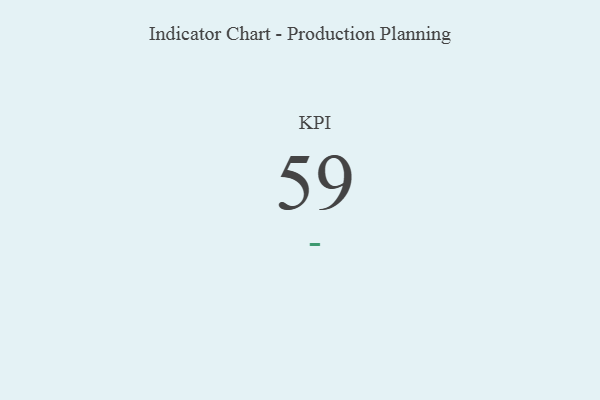
{"axis": {"x": "KPI", "y": "Value"}, "legend": [""], "data": [{"x": "KPI", "y": 59, "type": ""}]}